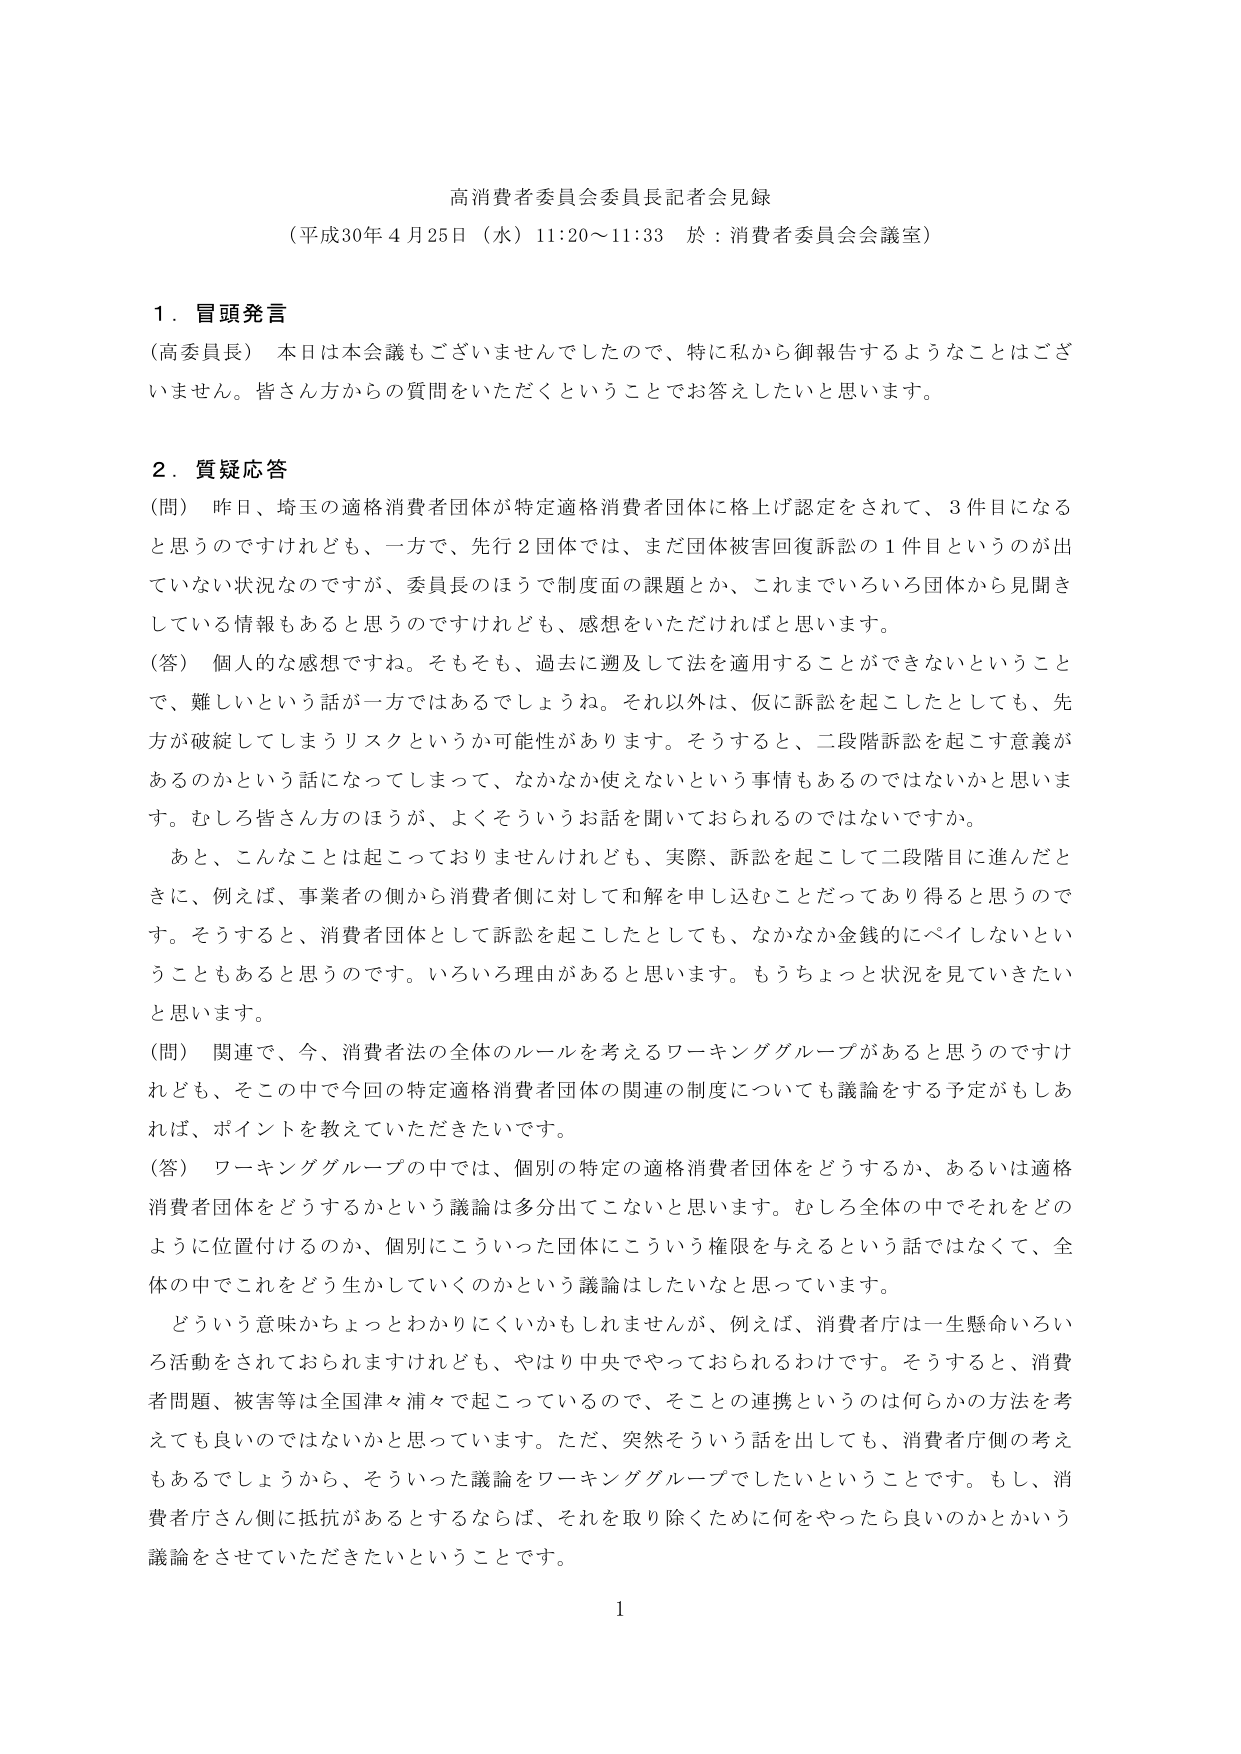
高消費者委員会委員長記者会見録
（平成30年4月25日（水）11:20～11:33 於：消費者委員会会議室）

1．冒頭発言
（高委員長） 本日は本会議もございませんでしたので、特に私から御報告するようなことはございません。皆さん方からの質問をいただくということでお答えしたいと思います。

2．質疑応答
（問） 昨日、埼玉の適格消費者団体が特定適格消費者団体に格上げ認定をされて、3件目になると思うのですけれども、一方で、先行2団体では、まだ団体被害回復訴訟の1件目というのが出ていない状況なのですが、委員長のほうで制度面の課題とか、これまでいろいろ団体から見聞きしている情報もあると思うのですけれども、感想をいただければと思います。
（答） 個人的な感想ですね。そもそも、過去に遡及して法を適用することができないということで、難しいという話が一方ではあるでしょうね。それ以外は、仮に訴訟を起こしたとしても、先方が破綻してしまうリスクというか可能性があります。そうすると、二段階訴訟を起こす意義があるのかという話になってしまって、なかなか使えないという事情もあるのではないかと思います。むしろ皆さん方のほうが、よくそういうお話を聞いておられるのではないでしょうか。
　あと、こんなことは起こっておりませんけれども、実際、訴訟を起こして二段階目に進んだときに、例えば、事業者の側から消費者側に対して和解を申し込むことだってあり得ると思うのです。そうすると、消費者団体として訴訟を起こしたとしても、なかなか金銭的にベイしれないということもあると思うのです。いろいろ理由があると思います。もうちょっと状況を見てきたいと思います。
（問） 関連で、今、消費者法の全体のルールを考えるワーキンググループがあると思うのですけれども、その中で今回の特定適格消費者団体の関連の制度についても議論をする予定がもしあれば、ポイントを教えていただきたいです。
（答） ワーキンググループの中では、個別の特定の適格消費者団体をどうするか、あるいは適格消費者団体をどうするかという議論は多分出てこないと思います。むしろ全体の中でそれをどのように位置付けるのか、個別にこういった団体にこういう権限を与えるという話ではなくて、全体の中でこれをどう生かしていくのかという議論はしたいなと思っています。
　どういう意味かちょっとわかりにくいかもしれませんが、例えば、消費者庁は一生懸命いろいろ活動をされておられますけれども、やはり中央でやっておられるわけです。そうすると、消費者問題、被害等は全国津々浦々で起こっているので、そことの連携というのは何らかの方法を考えてもらいたいのではないかと思っています。ただ、突然そういう話を出しても、消費者庁側の考えもあるでしょうから、そういった議論をワーキンググループでしたいということです。もし、消費者庁さん側に抵抗があるとするならば、それを取り除くために何をやったら良いのかとかいう議論をさせていただきたいということです。

1